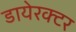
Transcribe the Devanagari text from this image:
डायेरक्टर